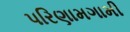
પરિણામગામી